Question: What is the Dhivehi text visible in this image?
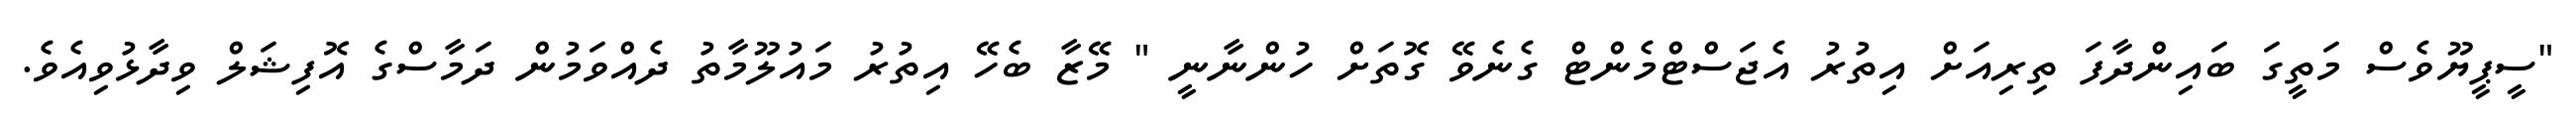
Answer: "ސީޕީޔޫވެސް މަތީގަ ބައިންދާފަ ތިރިއަށް އިތުރު އެޖަސްޓްމެންޓް ގެނެވޭ ގޮތަށް ހުންނާނީ " މޭޒާ ބެހޭ އިތުރު މައުލޫމާތު ދެއްވަމުން ދަމާސްގެ އޮފިޝަލް ވިދާޅުވިއެވެ.